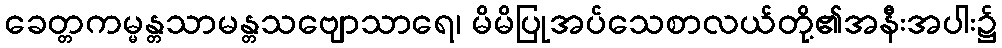
ခေတ္တကမ္မန္တသာမန္တသဗျောသာရေ၊ မိမိပြုအပ်သေစာလယ်တို့၏အနီးအပါး၌